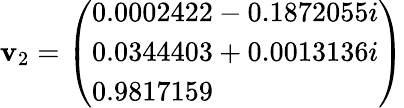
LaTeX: \mathbf{v}_{2}={\left(\begin{array}{l}{0.0002422-0.1872055i}\\ {0.0344403+0.0013136i}\\ {0.9817159}\end{array}\right)}